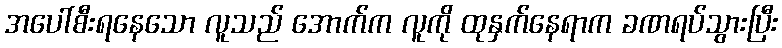
အပေါ်စီးရနေသော လူသည် အောက်က လူကို ထုနှက်နေရာက ခဏရပ်သွားပြီး